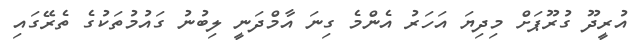
އުރީދޫ ގުރޫޕަށް މިދިޔަ އަހަރު އެންމެ ގިނަ އާމްދަނީ ލިބުނު ގައުމުތަކުގެ ތެރޭގައި